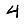
Digit: 4